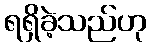
ရရှိခဲ့သည်ဟု